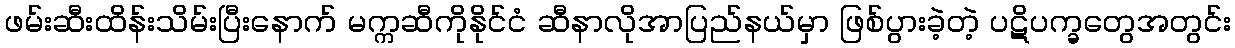
ဖမ်းဆီးထိန်းသိမ်းပြီးနောက် မက္ကဆီကိုနိုင်ငံ ဆီနာလိုအာပြည်နယ်မှာ ဖြစ်ပွားခဲ့တဲ့ ပဋိပက္ခတွေအတွင်း